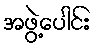
အဖွဲ့ပေါင်း